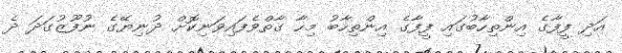
އަދި ފީފާގެ އިންތިހާބުގައި ފީފާގެ އިންތިހާބު މިހާ ގާތްވެފައިވަނިކޮށް ދުނިޔޭގެ ނުފޫޒުގަދަ ދެ